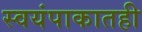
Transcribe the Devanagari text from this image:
स्वयंपाकातही